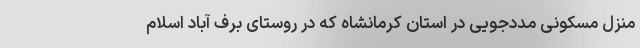
منزل مسکونی مددجویی در استان کرمانشاه که در روستای برف آباد اسلام